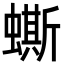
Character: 蟖